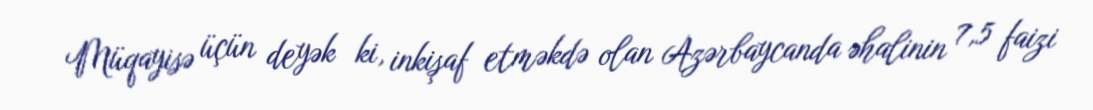
Müqayisə üçün deyək ki, inkişaf etməkdə olan Azərbaycanda əhalinin 7,5 faizi